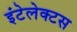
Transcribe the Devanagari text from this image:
इंटेलेक्टस